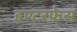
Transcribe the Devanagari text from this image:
इण्टरफ़ेस